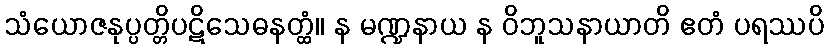
သံယောဇနုပ္ပတ္တိပဋိသေဓနတ္ထံ။ န မဏ္ဍနာယ န ဝိဘူသနာယာတိ ဧတံ ပရဿပိ